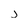
Character: j